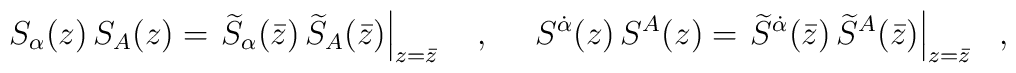
S_\alpha(z) \,S_A(z)=\left.\widetilde S_\alpha(\bar z) \,\widetilde S_A(\bar z)\right|_{z=\bar z}~~~,~~~~S^{\dot\alpha}(z) \,S^A(z)=\left.\widetilde S^{\dot \alpha}(\bar z) \,\widetilde S^A(\bar z)\right|_{z=\bar z}~~,